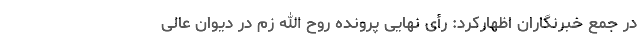
در جمع خبرنگاران اظهارکرد: رأی نهایی پرونده روح الله زم در دیوان عالی